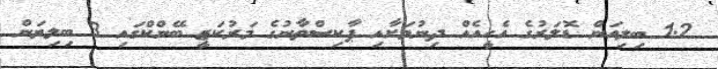
1.2 ބިލިއަން ޑޮލަރުގެ އެހީއެއް ދިނުމަށާއި ޕާކިސްތާނުގެ މަރުކަޒީ ބޭންކްގައި 3 ބިލިޔަން